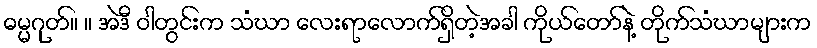
ဓမ္မဂုတ်။ ။ အဲဒီ ဝါတွင်းက သံဃာ လေးရာလောက်ရှိတဲ့အခါ ကိုယ်တော်နဲ့ တိုက်သံဃာများက